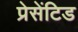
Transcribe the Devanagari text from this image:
प्रेसेंटिड